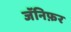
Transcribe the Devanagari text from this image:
जॅनिफ़र